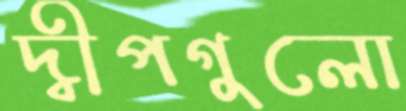
দ্বীপগুলো